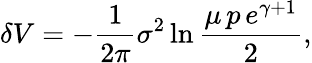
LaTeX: \delta V=-\frac{1}{2\pi}\sigma^{2}\ln\frac{\mu\, p\, e^{\gamma+1}}{2},